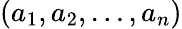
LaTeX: (a_{1},a_{2},\dots,a_{n})